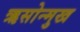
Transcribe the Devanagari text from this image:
ऋसोन्मुख